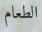
الطعام